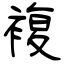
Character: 複